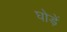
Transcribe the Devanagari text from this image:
घोड़ें